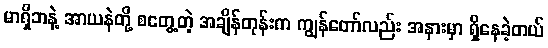
မာရှိဘနဲ့ အာယနဲတို့ စတွေ့တဲ့ အချိန်တုန်းက ကျွန်တော်လည်း အနားမှာ ရှိနေခဲ့တယ်